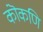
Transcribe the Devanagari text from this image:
कॊंकणि